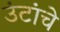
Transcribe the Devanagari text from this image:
उंटांचे